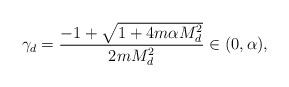
LaTeX: \begin{align*} \gamma_d=\frac{-1+\sqrt{1+4m\alpha M_d^2}}{2m M_d^2}\in (0,\alpha), \end{align*}